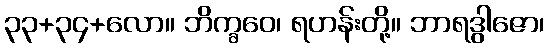
၃၃+၃၄+လော။ ဘိက္ခဝေ၊ ရဟန်းတို့။ ဘာရဒွါဇော၊